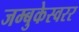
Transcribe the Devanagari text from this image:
जम्बुकेस्वरर